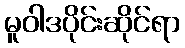
မူဝါဒပိုင်းဆိုင်ရာ